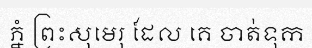
ភ្នំ ព្រះសុមេរុ ដែល គេ ចាត់ទុក